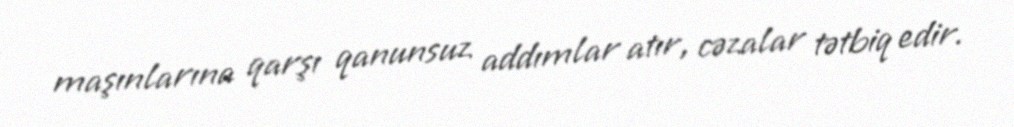
maşınlarına qarşı qanunsuz addımlar atır, cəzalar tətbiq edir.